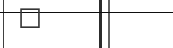
١